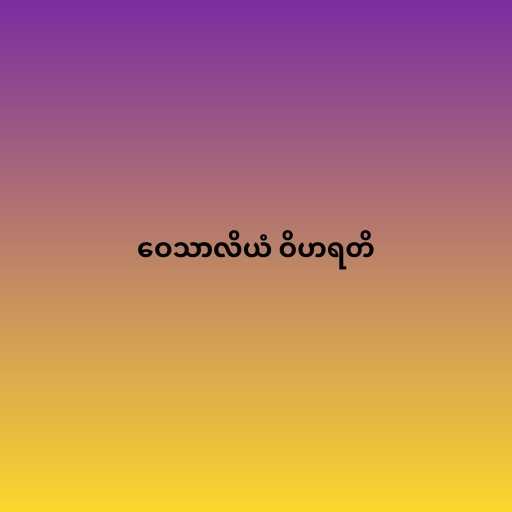
ဝေသာလိယံ ဝိဟရတိ